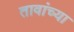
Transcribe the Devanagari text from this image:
तावांच्या